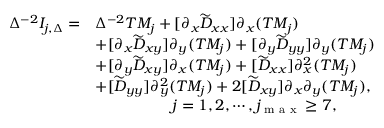
\begin{array} { r l } { \Delta ^ { - 2 } I _ { j , \Delta } = } & { \Delta ^ { - 2 } T M _ { j } + [ \partial _ { x } \widetilde { D } _ { x x } ] \partial _ { x } ( T M _ { j } ) } \\ & { + [ \partial _ { x } \widetilde { D } _ { x y } ] \partial _ { y } ( T M _ { j } ) + [ \partial _ { y } \widetilde { D } _ { y y } ] \partial _ { y } ( T M _ { j } ) } \\ & { + [ \partial _ { y } \widetilde { D } _ { x y } ] \partial _ { x } ( T M _ { j } ) + [ \widetilde { D } _ { x x } ] \partial _ { x } ^ { 2 } ( T M _ { j } ) } \\ & { + [ \widetilde { D } _ { y y } ] \partial _ { y } ^ { 2 } ( T M _ { j } ) + 2 [ \widetilde { D } _ { x y } ] \partial _ { x } \partial _ { y } ( T M _ { j } ) , } \\ & { \quad \quad \quad \quad \quad j = 1 , 2 , \cdots , j _ { \textrm { m a x } } \ge 7 , } \end{array}